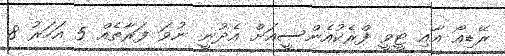
ރޭޑިއޯ އާއި ޓީވީ ފްރެކުއެންސީއަށް އެދުނީ ނުވަ ފަރާތެއް 5 އަހަރު 8